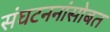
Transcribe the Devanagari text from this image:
संघटननांसोबत